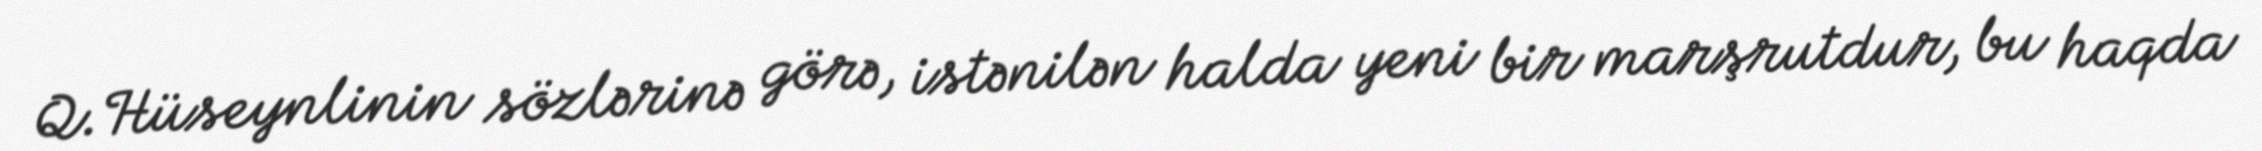
Q.Hüseynlinin sözlərinə görə, istənilən halda yeni bir marşrutdur, bu haqda